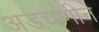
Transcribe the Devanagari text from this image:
अडचणीने